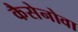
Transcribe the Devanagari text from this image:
कैसेनोवा